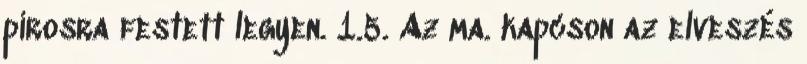
pirosra festett legyen. 1.5. Az ma. kapcson az elveszés